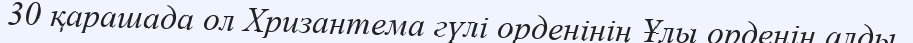
30 қарашада ол Хризантема гүлі орденінің Ұлы орденін алды.